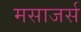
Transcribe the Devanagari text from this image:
मसाजर्स